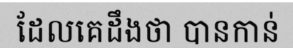
ដែលគេដឹងថា បានកាន់